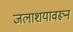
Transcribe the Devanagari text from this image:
जलाशयावरून